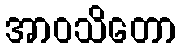
အာဝသိတော